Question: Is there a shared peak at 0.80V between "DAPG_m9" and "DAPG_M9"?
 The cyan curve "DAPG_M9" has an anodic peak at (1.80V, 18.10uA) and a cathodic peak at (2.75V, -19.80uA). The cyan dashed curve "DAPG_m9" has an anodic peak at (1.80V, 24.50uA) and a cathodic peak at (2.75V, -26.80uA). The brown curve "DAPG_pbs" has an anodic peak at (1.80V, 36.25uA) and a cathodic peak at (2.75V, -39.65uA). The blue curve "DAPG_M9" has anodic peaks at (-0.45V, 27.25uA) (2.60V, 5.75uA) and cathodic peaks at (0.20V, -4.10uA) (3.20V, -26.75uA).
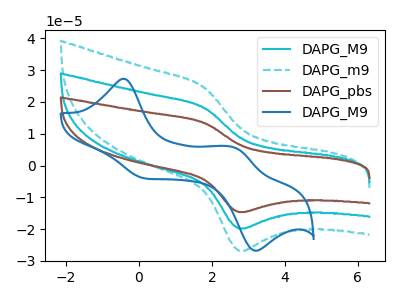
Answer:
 <answer>No, "DAPG_m9" and "DAPG_M9" dont share a peak at 0.80V.</answer>
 <eval>mismatch</eval>